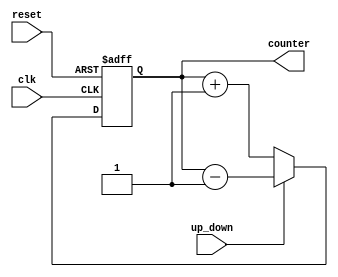
module up_down_counter(input clk, reset,up_down, output[7:0]  counter
    );
reg [7:0] counter_up_down;

// down counter
always @(posedge clk or posedge reset)
begin
if(reset)
 counter_up_down <= 8'h0;
else if(~up_down)
 counter_up_down <= counter_up_down + 8'd1;
else
 counter_up_down <= counter_up_down - 8'd1;
end 
assign counter = counter_up_down;
endmodule